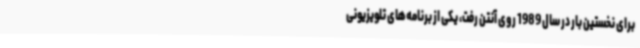
برای نخستین بار در سال 1989 روی آنتن رفت، یکی از برنامه‌های تلویزیونی